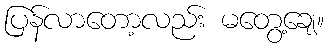
ပြန်လာတော့လည်း မတွေ့ချေ။